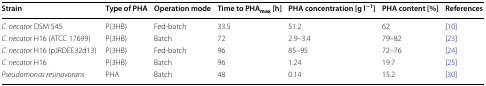
| Strain | Type of PHA | Operation mode | Time to PHAmax [h] | PHA concentration [g l−1] | PHA content [%] | References |
 | --- | --- | --- | --- | --- | --- | --- |
 | C. necator DSM 545 | P(3HB) | Fed-batch | 33.5 | 51.2 | 62 | [10] |
 | C. necator H16 (ATCC 17699) | P(3HB) | Batch | 72 | 2.9–3.4 | 79–82 | [23] |
 | C. necator H16 (pJRDEE32d13) | P(3HB) | Fed-batch | 96 | 85–95 | 72–76 | [24] |
 | C. necator H16 | P(3HB) | Batch | 96 | 1.24 | 19.7 | [25] |
 | Pseudomonas resinovorans | PHA | Batch | 48 | 0.14 | 15.2 | [30] |